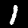
Label: 1